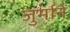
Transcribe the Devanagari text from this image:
जुर्मानें